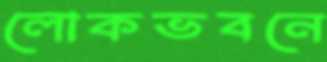
লোকভবনে